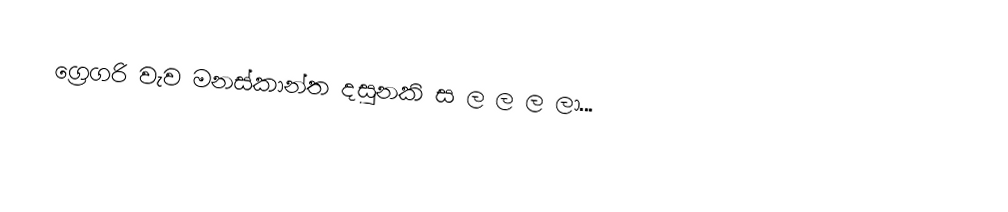
ග්‍රෙගරි වැව මනස්කාන්ත දසුනකි ස ල ල ල ලා...